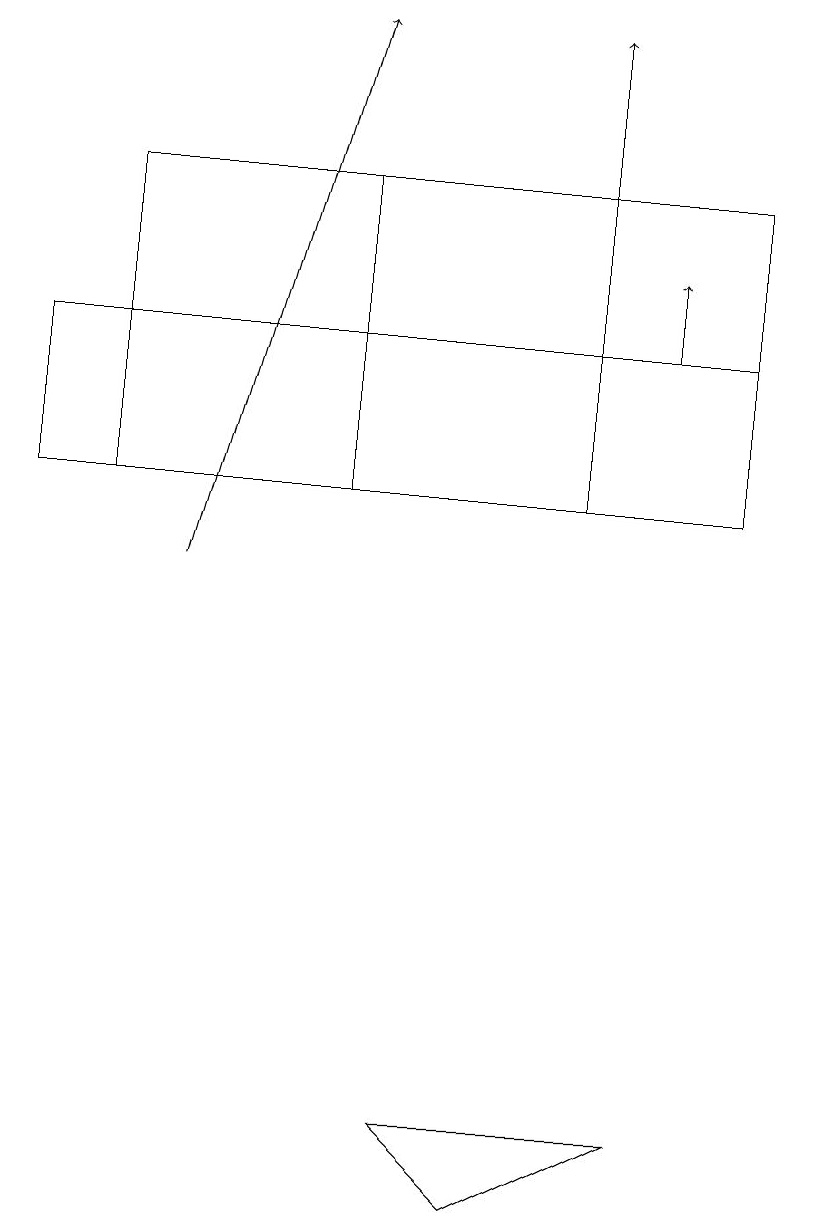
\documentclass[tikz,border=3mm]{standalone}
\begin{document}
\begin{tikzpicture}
\draw (1,16) rectangle (4,12);
\draw (8,4) -- (5,4) -- (6,3) -- cycle;
\draw[->] (2,11) -- (4,18);
\draw (10,10) circle (0);
\draw[->] (7,12) -- (7,18);
\draw (9,16) rectangle (1,14);
\draw (0,12) rectangle (9,14);
\draw[->] (8,14) -- (8,15);
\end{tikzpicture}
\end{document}